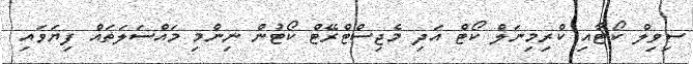
ސިވިލް ކޯޓާއި ކްރިމިނަލް ކޯޓް އަދި މެޖިސްޓްރޭޓް ކޯޓުން ނިންމި މައްސަލަތައް ފިޔަވައި